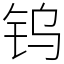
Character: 钨